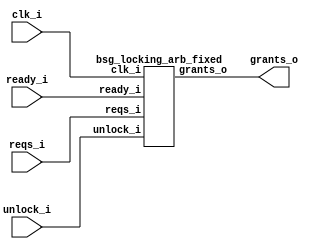
// This program was cloned from: https://github.com/chipsalliance/synlig
// License: Apache License 2.0



module top
(
  clk_i,
  ready_i,
  unlock_i,
  reqs_i,
  grants_o
);

  input [15:0] reqs_i;
  output [15:0] grants_o;
  input clk_i;
  input ready_i;
  input unlock_i;

  bsg_locking_arb_fixed
  wrapper
  (
    .reqs_i(reqs_i),
    .grants_o(grants_o),
    .clk_i(clk_i),
    .ready_i(ready_i),
    .unlock_i(unlock_i)
  );


endmodule



module bsg_dff_reset_en_width_p16
(
  clk_i,
  reset_i,
  en_i,
  data_i,
  data_o
);

  input [15:0] data_i;
  output [15:0] data_o;
  input clk_i;
  input reset_i;
  input en_i;
  wire [15:0] data_o;
  wire N0,N1,N2;
  reg data_o_15_sv2v_reg,data_o_14_sv2v_reg,data_o_13_sv2v_reg,data_o_12_sv2v_reg,
  data_o_11_sv2v_reg,data_o_10_sv2v_reg,data_o_9_sv2v_reg,data_o_8_sv2v_reg,
  data_o_7_sv2v_reg,data_o_6_sv2v_reg,data_o_5_sv2v_reg,data_o_4_sv2v_reg,data_o_3_sv2v_reg,
  data_o_2_sv2v_reg,data_o_1_sv2v_reg,data_o_0_sv2v_reg;
  assign data_o[15] = data_o_15_sv2v_reg;
  assign data_o[14] = data_o_14_sv2v_reg;
  assign data_o[13] = data_o_13_sv2v_reg;
  assign data_o[12] = data_o_12_sv2v_reg;
  assign data_o[11] = data_o_11_sv2v_reg;
  assign data_o[10] = data_o_10_sv2v_reg;
  assign data_o[9] = data_o_9_sv2v_reg;
  assign data_o[8] = data_o_8_sv2v_reg;
  assign data_o[7] = data_o_7_sv2v_reg;
  assign data_o[6] = data_o_6_sv2v_reg;
  assign data_o[5] = data_o_5_sv2v_reg;
  assign data_o[4] = data_o_4_sv2v_reg;
  assign data_o[3] = data_o_3_sv2v_reg;
  assign data_o[2] = data_o_2_sv2v_reg;
  assign data_o[1] = data_o_1_sv2v_reg;
  assign data_o[0] = data_o_0_sv2v_reg;
  assign N2 = (N0)? 1'b1 : 
              (N1)? 1'b0 : 1'b0;
  assign N0 = en_i;
  assign N1 = ~en_i;

  always @(posedge clk_i) begin
    if(reset_i) begin
      data_o_15_sv2v_reg <= 1'b0;
      data_o_14_sv2v_reg <= 1'b0;
      data_o_13_sv2v_reg <= 1'b0;
      data_o_12_sv2v_reg <= 1'b0;
      data_o_11_sv2v_reg <= 1'b0;
      data_o_10_sv2v_reg <= 1'b0;
      data_o_9_sv2v_reg <= 1'b0;
      data_o_8_sv2v_reg <= 1'b0;
      data_o_7_sv2v_reg <= 1'b0;
      data_o_6_sv2v_reg <= 1'b0;
      data_o_5_sv2v_reg <= 1'b0;
      data_o_4_sv2v_reg <= 1'b0;
      data_o_3_sv2v_reg <= 1'b0;
      data_o_2_sv2v_reg <= 1'b0;
      data_o_1_sv2v_reg <= 1'b0;
      data_o_0_sv2v_reg <= 1'b0;
    end else if(N2) begin
      data_o_15_sv2v_reg <= data_i[15];
      data_o_14_sv2v_reg <= data_i[14];
      data_o_13_sv2v_reg <= data_i[13];
      data_o_12_sv2v_reg <= data_i[12];
      data_o_11_sv2v_reg <= data_i[11];
      data_o_10_sv2v_reg <= data_i[10];
      data_o_9_sv2v_reg <= data_i[9];
      data_o_8_sv2v_reg <= data_i[8];
      data_o_7_sv2v_reg <= data_i[7];
      data_o_6_sv2v_reg <= data_i[6];
      data_o_5_sv2v_reg <= data_i[5];
      data_o_4_sv2v_reg <= data_i[4];
      data_o_3_sv2v_reg <= data_i[3];
      data_o_2_sv2v_reg <= data_i[2];
      data_o_1_sv2v_reg <= data_i[1];
      data_o_0_sv2v_reg <= data_i[0];
    end 
  end


endmodule



module bsg_scan_width_p16_or_p1_lo_to_hi_p0
(
  i,
  o
);

  input [15:0] i;
  output [15:0] o;
  wire [15:0] o;
  wire t_3__15_,t_3__14_,t_3__13_,t_3__12_,t_3__11_,t_3__10_,t_3__9_,t_3__8_,t_3__7_,
  t_3__6_,t_3__5_,t_3__4_,t_3__3_,t_3__2_,t_3__1_,t_3__0_,t_2__15_,t_2__14_,
  t_2__13_,t_2__12_,t_2__11_,t_2__10_,t_2__9_,t_2__8_,t_2__7_,t_2__6_,t_2__5_,t_2__4_,
  t_2__3_,t_2__2_,t_2__1_,t_2__0_,t_1__15_,t_1__14_,t_1__13_,t_1__12_,t_1__11_,
  t_1__10_,t_1__9_,t_1__8_,t_1__7_,t_1__6_,t_1__5_,t_1__4_,t_1__3_,t_1__2_,t_1__1_,
  t_1__0_;
  assign t_1__15_ = i[15] | 1'b0;
  assign t_1__14_ = i[14] | i[15];
  assign t_1__13_ = i[13] | i[14];
  assign t_1__12_ = i[12] | i[13];
  assign t_1__11_ = i[11] | i[12];
  assign t_1__10_ = i[10] | i[11];
  assign t_1__9_ = i[9] | i[10];
  assign t_1__8_ = i[8] | i[9];
  assign t_1__7_ = i[7] | i[8];
  assign t_1__6_ = i[6] | i[7];
  assign t_1__5_ = i[5] | i[6];
  assign t_1__4_ = i[4] | i[5];
  assign t_1__3_ = i[3] | i[4];
  assign t_1__2_ = i[2] | i[3];
  assign t_1__1_ = i[1] | i[2];
  assign t_1__0_ = i[0] | i[1];
  assign t_2__15_ = t_1__15_ | 1'b0;
  assign t_2__14_ = t_1__14_ | 1'b0;
  assign t_2__13_ = t_1__13_ | t_1__15_;
  assign t_2__12_ = t_1__12_ | t_1__14_;
  assign t_2__11_ = t_1__11_ | t_1__13_;
  assign t_2__10_ = t_1__10_ | t_1__12_;
  assign t_2__9_ = t_1__9_ | t_1__11_;
  assign t_2__8_ = t_1__8_ | t_1__10_;
  assign t_2__7_ = t_1__7_ | t_1__9_;
  assign t_2__6_ = t_1__6_ | t_1__8_;
  assign t_2__5_ = t_1__5_ | t_1__7_;
  assign t_2__4_ = t_1__4_ | t_1__6_;
  assign t_2__3_ = t_1__3_ | t_1__5_;
  assign t_2__2_ = t_1__2_ | t_1__4_;
  assign t_2__1_ = t_1__1_ | t_1__3_;
  assign t_2__0_ = t_1__0_ | t_1__2_;
  assign t_3__15_ = t_2__15_ | 1'b0;
  assign t_3__14_ = t_2__14_ | 1'b0;
  assign t_3__13_ = t_2__13_ | 1'b0;
  assign t_3__12_ = t_2__12_ | 1'b0;
  assign t_3__11_ = t_2__11_ | t_2__15_;
  assign t_3__10_ = t_2__10_ | t_2__14_;
  assign t_3__9_ = t_2__9_ | t_2__13_;
  assign t_3__8_ = t_2__8_ | t_2__12_;
  assign t_3__7_ = t_2__7_ | t_2__11_;
  assign t_3__6_ = t_2__6_ | t_2__10_;
  assign t_3__5_ = t_2__5_ | t_2__9_;
  assign t_3__4_ = t_2__4_ | t_2__8_;
  assign t_3__3_ = t_2__3_ | t_2__7_;
  assign t_3__2_ = t_2__2_ | t_2__6_;
  assign t_3__1_ = t_2__1_ | t_2__5_;
  assign t_3__0_ = t_2__0_ | t_2__4_;
  assign o[15] = t_3__15_ | 1'b0;
  assign o[14] = t_3__14_ | 1'b0;
  assign o[13] = t_3__13_ | 1'b0;
  assign o[12] = t_3__12_ | 1'b0;
  assign o[11] = t_3__11_ | 1'b0;
  assign o[10] = t_3__10_ | 1'b0;
  assign o[9] = t_3__9_ | 1'b0;
  assign o[8] = t_3__8_ | 1'b0;
  assign o[7] = t_3__7_ | t_3__15_;
  assign o[6] = t_3__6_ | t_3__14_;
  assign o[5] = t_3__5_ | t_3__13_;
  assign o[4] = t_3__4_ | t_3__12_;
  assign o[3] = t_3__3_ | t_3__11_;
  assign o[2] = t_3__2_ | t_3__10_;
  assign o[1] = t_3__1_ | t_3__9_;
  assign o[0] = t_3__0_ | t_3__8_;

endmodule



module bsg_priority_encode_one_hot_out_width_p16_lo_to_hi_p0
(
  i,
  o,
  v_o
);

  input [15:0] i;
  output [15:0] o;
  output v_o;
  wire [15:0] o;
  wire v_o,N0,N1,N2,N3,N4,N5,N6,N7,N8,N9,N10,N11,N12,N13,N14;
  wire [14:1] scan_lo;

  bsg_scan_width_p16_or_p1_lo_to_hi_p0
  \nw1.scan 
  (
    .i(i),
    .o({ o[15:15], scan_lo, v_o })
  );

  assign o[14] = scan_lo[14] & N0;
  assign N0 = ~o[15];
  assign o[13] = scan_lo[13] & N1;
  assign N1 = ~scan_lo[14];
  assign o[12] = scan_lo[12] & N2;
  assign N2 = ~scan_lo[13];
  assign o[11] = scan_lo[11] & N3;
  assign N3 = ~scan_lo[12];
  assign o[10] = scan_lo[10] & N4;
  assign N4 = ~scan_lo[11];
  assign o[9] = scan_lo[9] & N5;
  assign N5 = ~scan_lo[10];
  assign o[8] = scan_lo[8] & N6;
  assign N6 = ~scan_lo[9];
  assign o[7] = scan_lo[7] & N7;
  assign N7 = ~scan_lo[8];
  assign o[6] = scan_lo[6] & N8;
  assign N8 = ~scan_lo[7];
  assign o[5] = scan_lo[5] & N9;
  assign N9 = ~scan_lo[6];
  assign o[4] = scan_lo[4] & N10;
  assign N10 = ~scan_lo[5];
  assign o[3] = scan_lo[3] & N11;
  assign N11 = ~scan_lo[4];
  assign o[2] = scan_lo[2] & N12;
  assign N12 = ~scan_lo[3];
  assign o[1] = scan_lo[1] & N13;
  assign N13 = ~scan_lo[2];
  assign o[0] = v_o & N14;
  assign N14 = ~scan_lo[1];

endmodule



module bsg_arb_fixed_inputs_p16_lo_to_hi_p0
(
  ready_i,
  reqs_i,
  grants_o
);

  input [15:0] reqs_i;
  output [15:0] grants_o;
  input ready_i;
  wire [15:0] grants_o,grants_unmasked_lo;

  bsg_priority_encode_one_hot_out_width_p16_lo_to_hi_p0
  enc
  (
    .i(reqs_i),
    .o(grants_unmasked_lo)
  );

  assign grants_o[15] = grants_unmasked_lo[15] & ready_i;
  assign grants_o[14] = grants_unmasked_lo[14] & ready_i;
  assign grants_o[13] = grants_unmasked_lo[13] & ready_i;
  assign grants_o[12] = grants_unmasked_lo[12] & ready_i;
  assign grants_o[11] = grants_unmasked_lo[11] & ready_i;
  assign grants_o[10] = grants_unmasked_lo[10] & ready_i;
  assign grants_o[9] = grants_unmasked_lo[9] & ready_i;
  assign grants_o[8] = grants_unmasked_lo[8] & ready_i;
  assign grants_o[7] = grants_unmasked_lo[7] & ready_i;
  assign grants_o[6] = grants_unmasked_lo[6] & ready_i;
  assign grants_o[5] = grants_unmasked_lo[5] & ready_i;
  assign grants_o[4] = grants_unmasked_lo[4] & ready_i;
  assign grants_o[3] = grants_unmasked_lo[3] & ready_i;
  assign grants_o[2] = grants_unmasked_lo[2] & ready_i;
  assign grants_o[1] = grants_unmasked_lo[1] & ready_i;
  assign grants_o[0] = grants_unmasked_lo[0] & ready_i;

endmodule



module bsg_locking_arb_fixed
(
  clk_i,
  ready_i,
  unlock_i,
  reqs_i,
  grants_o
);

  input [15:0] reqs_i;
  output [15:0] grants_o;
  input clk_i;
  input ready_i;
  input unlock_i;
  wire [15:0] grants_o,not_req_mask_r,req_mask_r;
  wire _0_net_,_1_net__15_,_1_net__14_,_1_net__13_,_1_net__12_,_1_net__11_,_1_net__10_,
  _1_net__9_,_1_net__8_,_1_net__7_,_1_net__6_,_1_net__5_,_1_net__4_,_1_net__3_,
  _1_net__2_,_1_net__1_,_1_net__0_,_2_net__15_,_2_net__14_,_2_net__13_,_2_net__12_,
  _2_net__11_,_2_net__10_,_2_net__9_,_2_net__8_,_2_net__7_,_2_net__6_,_2_net__5_,
  _2_net__4_,_2_net__3_,_2_net__2_,_2_net__1_,_2_net__0_,N0,N1,N2,N3,N4,N5,N6,N7,N8,
  N9,N10,N11,N12,N13,N14,N15,N16,N17,N18,N19,N20,N21,N22,N23,N24,N25,N26,N27,N28,
  N29;

  bsg_dff_reset_en_width_p16
  req_words_reg
  (
    .clk_i(clk_i),
    .reset_i(unlock_i),
    .en_i(_0_net_),
    .data_i({ _1_net__15_, _1_net__14_, _1_net__13_, _1_net__12_, _1_net__11_, _1_net__10_, _1_net__9_, _1_net__8_, _1_net__7_, _1_net__6_, _1_net__5_, _1_net__4_, _1_net__3_, _1_net__2_, _1_net__1_, _1_net__0_ }),
    .data_o(not_req_mask_r)
  );


  bsg_arb_fixed_inputs_p16_lo_to_hi_p0
  fixed_arb
  (
    .ready_i(ready_i),
    .reqs_i({ _2_net__15_, _2_net__14_, _2_net__13_, _2_net__12_, _2_net__11_, _2_net__10_, _2_net__9_, _2_net__8_, _2_net__7_, _2_net__6_, _2_net__5_, _2_net__4_, _2_net__3_, _2_net__2_, _2_net__1_, _2_net__0_ }),
    .grants_o(grants_o)
  );

  assign _1_net__15_ = ~grants_o[15];
  assign _1_net__14_ = ~grants_o[14];
  assign _1_net__13_ = ~grants_o[13];
  assign _1_net__12_ = ~grants_o[12];
  assign _1_net__11_ = ~grants_o[11];
  assign _1_net__10_ = ~grants_o[10];
  assign _1_net__9_ = ~grants_o[9];
  assign _1_net__8_ = ~grants_o[8];
  assign _1_net__7_ = ~grants_o[7];
  assign _1_net__6_ = ~grants_o[6];
  assign _1_net__5_ = ~grants_o[5];
  assign _1_net__4_ = ~grants_o[4];
  assign _1_net__3_ = ~grants_o[3];
  assign _1_net__2_ = ~grants_o[2];
  assign _1_net__1_ = ~grants_o[1];
  assign _1_net__0_ = ~grants_o[0];
  assign _0_net_ = N14 & N29;
  assign N14 = N13 & req_mask_r[0];
  assign N13 = N12 & req_mask_r[1];
  assign N12 = N11 & req_mask_r[2];
  assign N11 = N10 & req_mask_r[3];
  assign N10 = N9 & req_mask_r[4];
  assign N9 = N8 & req_mask_r[5];
  assign N8 = N7 & req_mask_r[6];
  assign N7 = N6 & req_mask_r[7];
  assign N6 = N5 & req_mask_r[8];
  assign N5 = N4 & req_mask_r[9];
  assign N4 = N3 & req_mask_r[10];
  assign N3 = N2 & req_mask_r[11];
  assign N2 = N1 & req_mask_r[12];
  assign N1 = N0 & req_mask_r[13];
  assign N0 = req_mask_r[15] & req_mask_r[14];
  assign N29 = N28 | grants_o[0];
  assign N28 = N27 | grants_o[1];
  assign N27 = N26 | grants_o[2];
  assign N26 = N25 | grants_o[3];
  assign N25 = N24 | grants_o[4];
  assign N24 = N23 | grants_o[5];
  assign N23 = N22 | grants_o[6];
  assign N22 = N21 | grants_o[7];
  assign N21 = N20 | grants_o[8];
  assign N20 = N19 | grants_o[9];
  assign N19 = N18 | grants_o[10];
  assign N18 = N17 | grants_o[11];
  assign N17 = N16 | grants_o[12];
  assign N16 = N15 | grants_o[13];
  assign N15 = grants_o[15] | grants_o[14];
  assign req_mask_r[15] = ~not_req_mask_r[15];
  assign req_mask_r[14] = ~not_req_mask_r[14];
  assign req_mask_r[13] = ~not_req_mask_r[13];
  assign req_mask_r[12] = ~not_req_mask_r[12];
  assign req_mask_r[11] = ~not_req_mask_r[11];
  assign req_mask_r[10] = ~not_req_mask_r[10];
  assign req_mask_r[9] = ~not_req_mask_r[9];
  assign req_mask_r[8] = ~not_req_mask_r[8];
  assign req_mask_r[7] = ~not_req_mask_r[7];
  assign req_mask_r[6] = ~not_req_mask_r[6];
  assign req_mask_r[5] = ~not_req_mask_r[5];
  assign req_mask_r[4] = ~not_req_mask_r[4];
  assign req_mask_r[3] = ~not_req_mask_r[3];
  assign req_mask_r[2] = ~not_req_mask_r[2];
  assign req_mask_r[1] = ~not_req_mask_r[1];
  assign req_mask_r[0] = ~not_req_mask_r[0];
  assign _2_net__15_ = reqs_i[15] & req_mask_r[15];
  assign _2_net__14_ = reqs_i[14] & req_mask_r[14];
  assign _2_net__13_ = reqs_i[13] & req_mask_r[13];
  assign _2_net__12_ = reqs_i[12] & req_mask_r[12];
  assign _2_net__11_ = reqs_i[11] & req_mask_r[11];
  assign _2_net__10_ = reqs_i[10] & req_mask_r[10];
  assign _2_net__9_ = reqs_i[9] & req_mask_r[9];
  assign _2_net__8_ = reqs_i[8] & req_mask_r[8];
  assign _2_net__7_ = reqs_i[7] & req_mask_r[7];
  assign _2_net__6_ = reqs_i[6] & req_mask_r[6];
  assign _2_net__5_ = reqs_i[5] & req_mask_r[5];
  assign _2_net__4_ = reqs_i[4] & req_mask_r[4];
  assign _2_net__3_ = reqs_i[3] & req_mask_r[3];
  assign _2_net__2_ = reqs_i[2] & req_mask_r[2];
  assign _2_net__1_ = reqs_i[1] & req_mask_r[1];
  assign _2_net__0_ = reqs_i[0] & req_mask_r[0];

endmodule